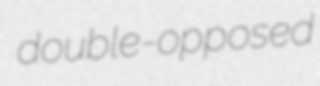
double-opposed